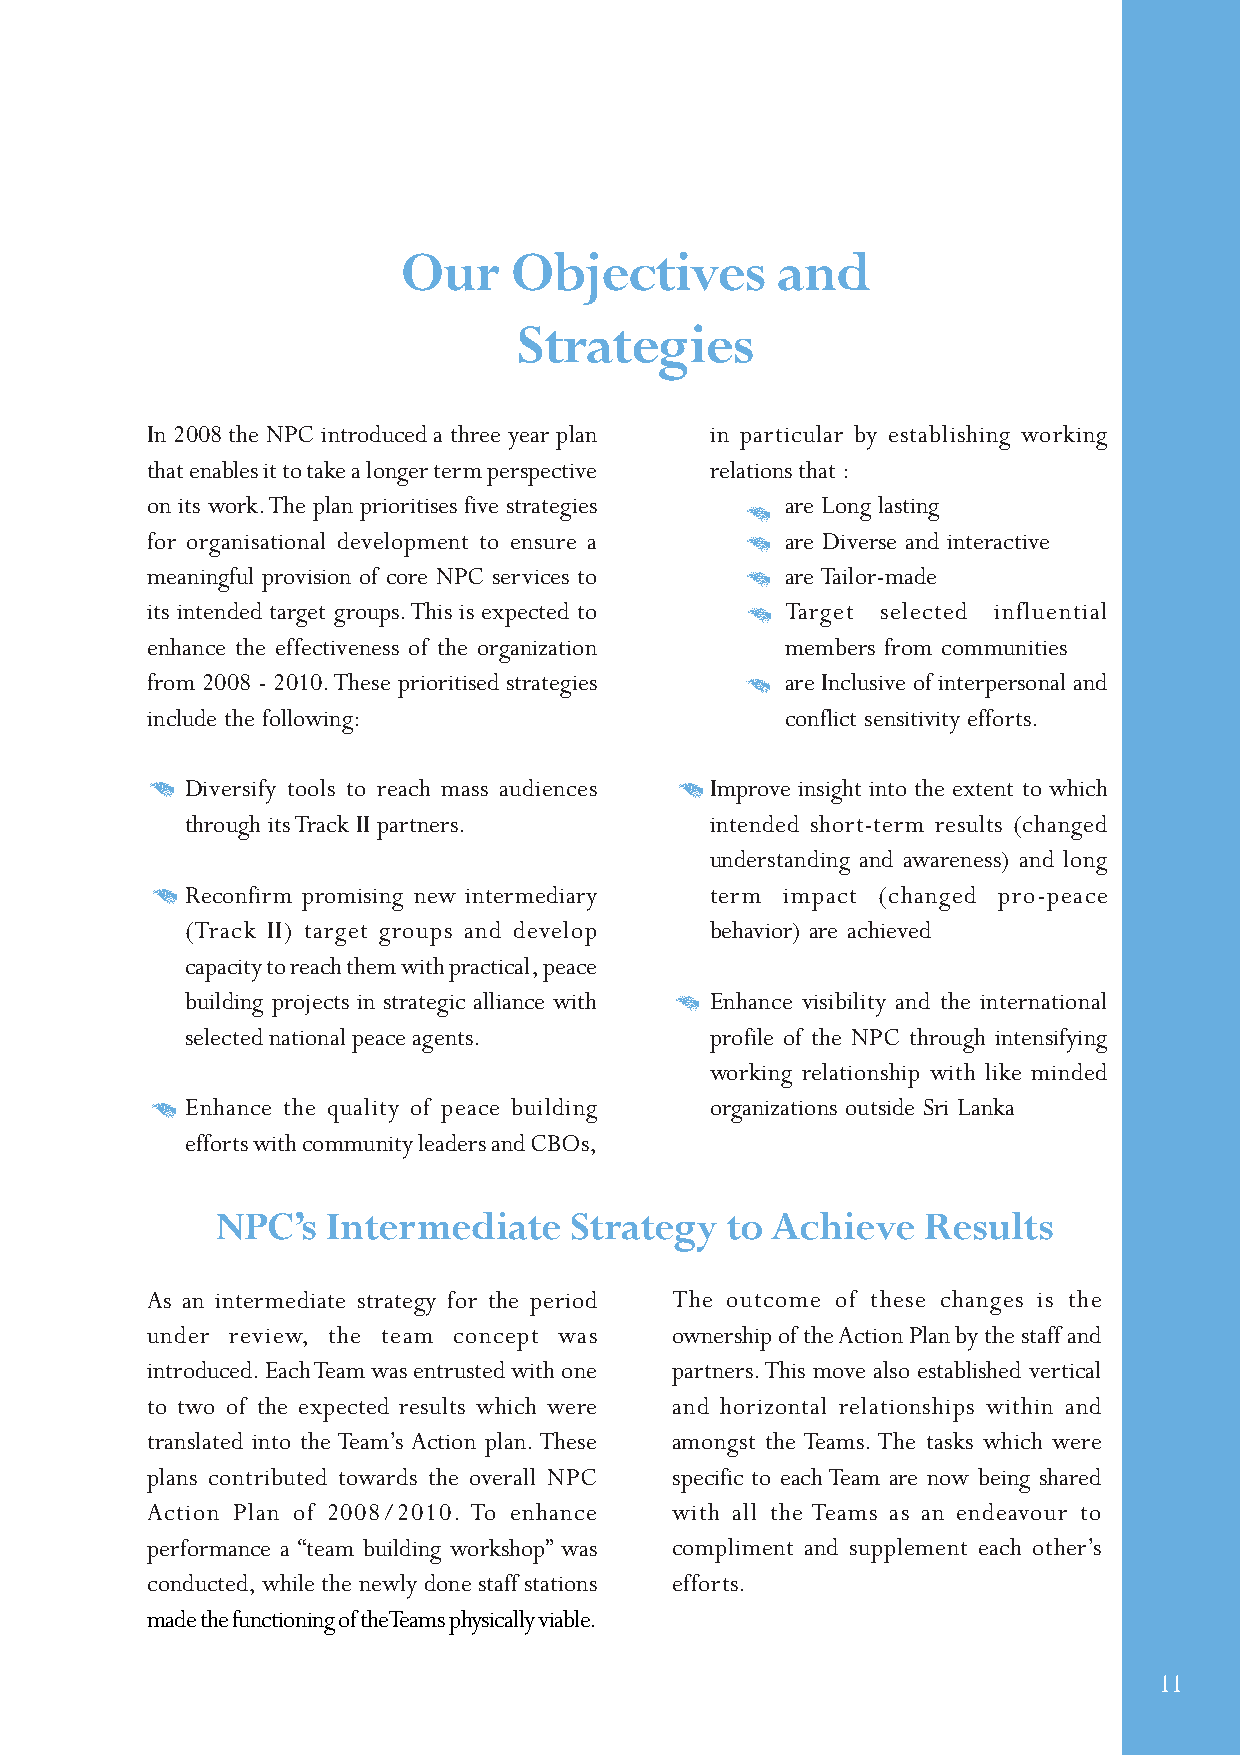
Our    Objectives       and
 Strategies
 In 2008 the NPC introduced a three year plan in particular by establishing working
 that enables it to take a longer term perspective relations that :
 on its work. The plan prioritises five strategies are Long lasting
 for organisational development to ensure a are Diverse and interactive
 meaningful provision of core NPC services to are Tailor-made
 its intended target groups. This is expected to Target selected influential
 enhance the effectiveness of the organization members from communities
 from 2008 - 2010. These prioritised strategies are Inclusive of interpersonal and
 include the following:                    conflict sensitivity efforts.
 Diversify tools to reach mass audiences Improve insight into the extent to which
 through its Track II partners.     intended short-term results (changed
 understanding and awareness) and long
 Reconfirm promising new intermediary term impact (changed pro-peace
 (Track II) target groups and develop behavior) are achieved
 capacity to reach them with practical, peace
 building projects in strategic alliance with Enhance visibility and the international
 selected national peace agents.    profile of the NPC through intensifying
 working relationship with like minded
 Enhance the quality of peace building organizations outside Sri Lanka
 efforts with community leaders and CBOs,
 NPC’s   Intermediate    Strategy  to Achieve   Results
 As an intermediate strategy for the period The outcome of these changes is the
 under review, the team concept was ownership of the Action Plan by the staff and
 introduced. Each Team was entrusted with one partners. This move also established vertical
 to two of the expected results which were and horizontal relationships within and
 translated into the Team’s Action plan. These amongst the Teams. The tasks which were
 plans contributed towards the overall NPC specific to each Team are now being shared
 Action Plan of 2008/2010. To enhance with all the Teams as an endeavour to
 performance a “team building workshop” was compliment and supplement each other’s
 conducted, while the newly done staff stations efforts.
 made the functioning of the Teams physically viable.
 11